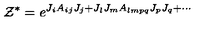
{ \cal Z } ^ { * } = e ^ { J _ { i } A _ { i j } J _ { j } + J _ { l } J _ { m } A _ { l m p q } J _ { p } J _ { q } + \cdots }